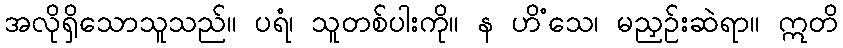
အလိုရှိသောသူသည်။ ပရံ၊ သူတစ်ပါးကို။ န ဟိံသေ၊ မညှဉ်းဆဲရာ။ ဣတိ